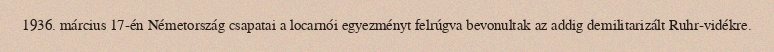
1936. március 17-én Németország csapatai a locarnói egyezményt felrúgva bevonultak az addig demilitarizált Ruhr-vidékre.